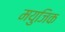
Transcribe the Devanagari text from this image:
मयुजिक